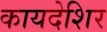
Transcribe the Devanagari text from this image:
कायदेशिर